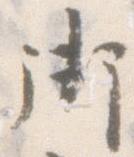
御